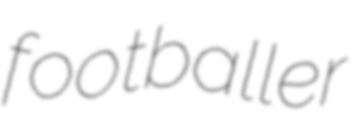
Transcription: footballer